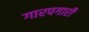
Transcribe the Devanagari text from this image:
गारपगारी